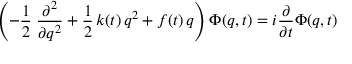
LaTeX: \left( - \frac 1 2 \; \frac { \partial ^ { 2 } } { \partial q ^ { 2 } } + \frac 1 2 \, k ( t ) \, q ^ { 2 } + f ( t ) \, q \right) \Phi ( q , t ) = i \frac \partial { \partial t } \Phi ( q , t )